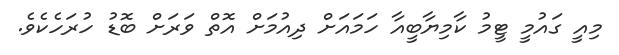
މިއީ ގައުމީ ޓީމު ކާމިޔާބީއާ ހަމައަށް ދިއުމަށް އޮތް ވަރަށް ބޮޑު ހުރަހެކެވެ.